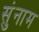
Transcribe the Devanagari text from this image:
सुंनाम